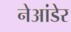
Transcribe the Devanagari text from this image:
नेआंडेर